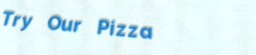
Try Our Pizza